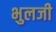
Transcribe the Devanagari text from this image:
भुलजी